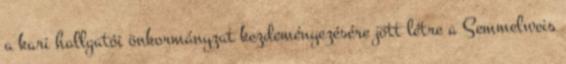
a kari hallgatói önkormányzat kezdeményezésére jött létre a Semmelweis